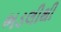
ભડલીથી